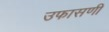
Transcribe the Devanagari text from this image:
उफासणी